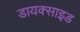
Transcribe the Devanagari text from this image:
डायक्साइड